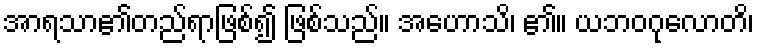
အာရသာ၏တည်ရာဖြစ်၍ ဖြစ်သည်။ အဟောသိ၊ ၏။ ယဘဝဂုလောတိ၊